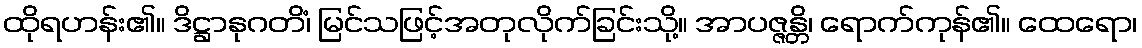
ထိုရဟန်း၏။ ဒိဋ္ဌာနုဂတိံ၊ မြင်သဖြင့်အတုလိုက်ခြင်းသို့။ အာပဇ္ဇန္တိ၊ ရောက်ကုန်၏။ ထေရော၊